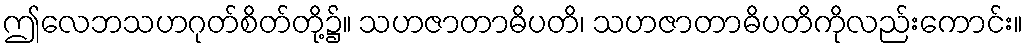
ဤလေဘသဟဂုတ်စိတ်တို့၌။ သဟဇာတာဓိပတိ၊ သဟဇာတာဓိပတိကိုလည်းကောင်း။